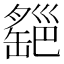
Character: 𦉔